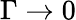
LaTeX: \Gamma\rightarrow 0